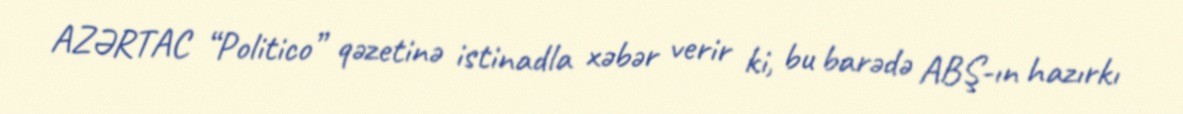
AZƏRTAC “Politico” qəzetinə istinadla xəbər verir ki, bu barədə ABŞ-ın hazırkı